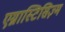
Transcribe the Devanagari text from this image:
एग्नास्टिसिज़्म